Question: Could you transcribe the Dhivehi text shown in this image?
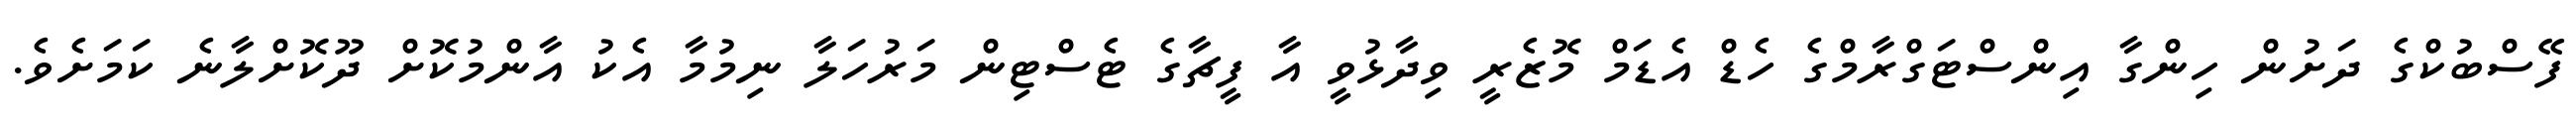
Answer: ފޭސްބުކްގެ ދަށުން ހިންގާ އިންސްޓަގްރާމްގެ ހެޑް އެޑަމް މޮޒެރީ ވިދާޅުވީ އާ ފީޗާގެ ޓެސްޓިން މަރުހަލާ ނިމުމާ އެކު އާންމުކޮށް ދޫކޮށްލާނެ ކަމަށެވެ.